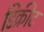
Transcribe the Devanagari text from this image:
डिक्रीट